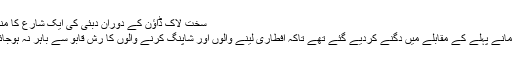
سخت لاک ڈاؤن کے دوران دبئی کی ایک شارع کا منظر
جرمانے پہلے کے مقابلے میں دگنے کردیے گئے تھے تاکہ افطاری لینے والوں اور شاپنگ کرنے والوں کا رش قابو سے باہر نہ ہوجائے۔